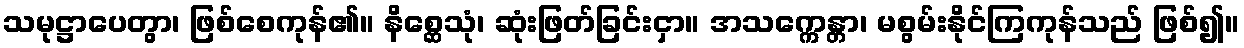
သမုဋ္ဌာပေတွာ၊ ဖြစ်စေကုန်၏။ နိစ္ဆေသုံ၊ ဆုံးဖြတ်ခြင်းငှာ။ အသက္ကေန္တာ၊ မစွမ်းနိုင်ကြကုန်သည် ဖြစ်၍။